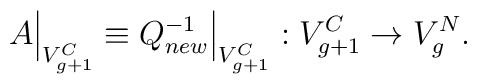
A \Bigr|_{V_{g+1}^{C}}     \equiv Q_{new}^{-1} \Bigr|_{V_{g+1}^{C}} : V_{g+1}^{C} \to V_g^N.